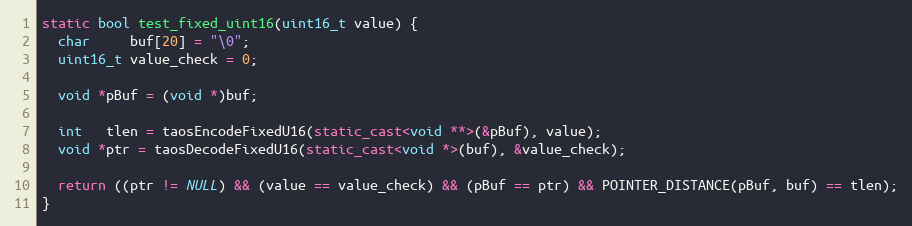
Language: C++
static bool test_fixed_uint16(uint16_t value) {
  char     buf[20] = "\0";
  uint16_t value_check = 0;

  void *pBuf = (void *)buf;

  int   tlen = taosEncodeFixedU16(static_cast<void **>(&pBuf), value);
  void *ptr = taosDecodeFixedU16(static_cast<void *>(buf), &value_check);

  return ((ptr != NULL) && (value == value_check) && (pBuf == ptr) && POINTER_DISTANCE(pBuf, buf) == tlen);
}